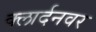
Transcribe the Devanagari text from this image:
क्लार्दनवर